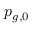
p _ { g , 0 }